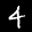
Label: 4